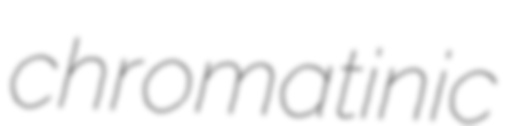
chromatinic